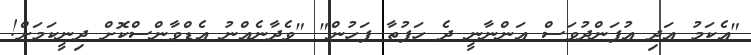
"އެކަމު އަދި އުފަންދުވަސް އަންނާނީ ދެ ހަފުތާ ފަހުން" "ވެދާނެއްނު އެޑްވާންސްކޮށް ދިނީކަމަށް!